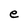
Character: e